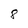
Character: 8